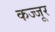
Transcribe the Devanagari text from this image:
कज्जूर